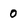
Character: 0